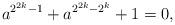
LaTeX: \begin{align*}a^{2^{2k}-1} + a^{2^{2k}-2^{k}}+ 1 =0,\end{align*}